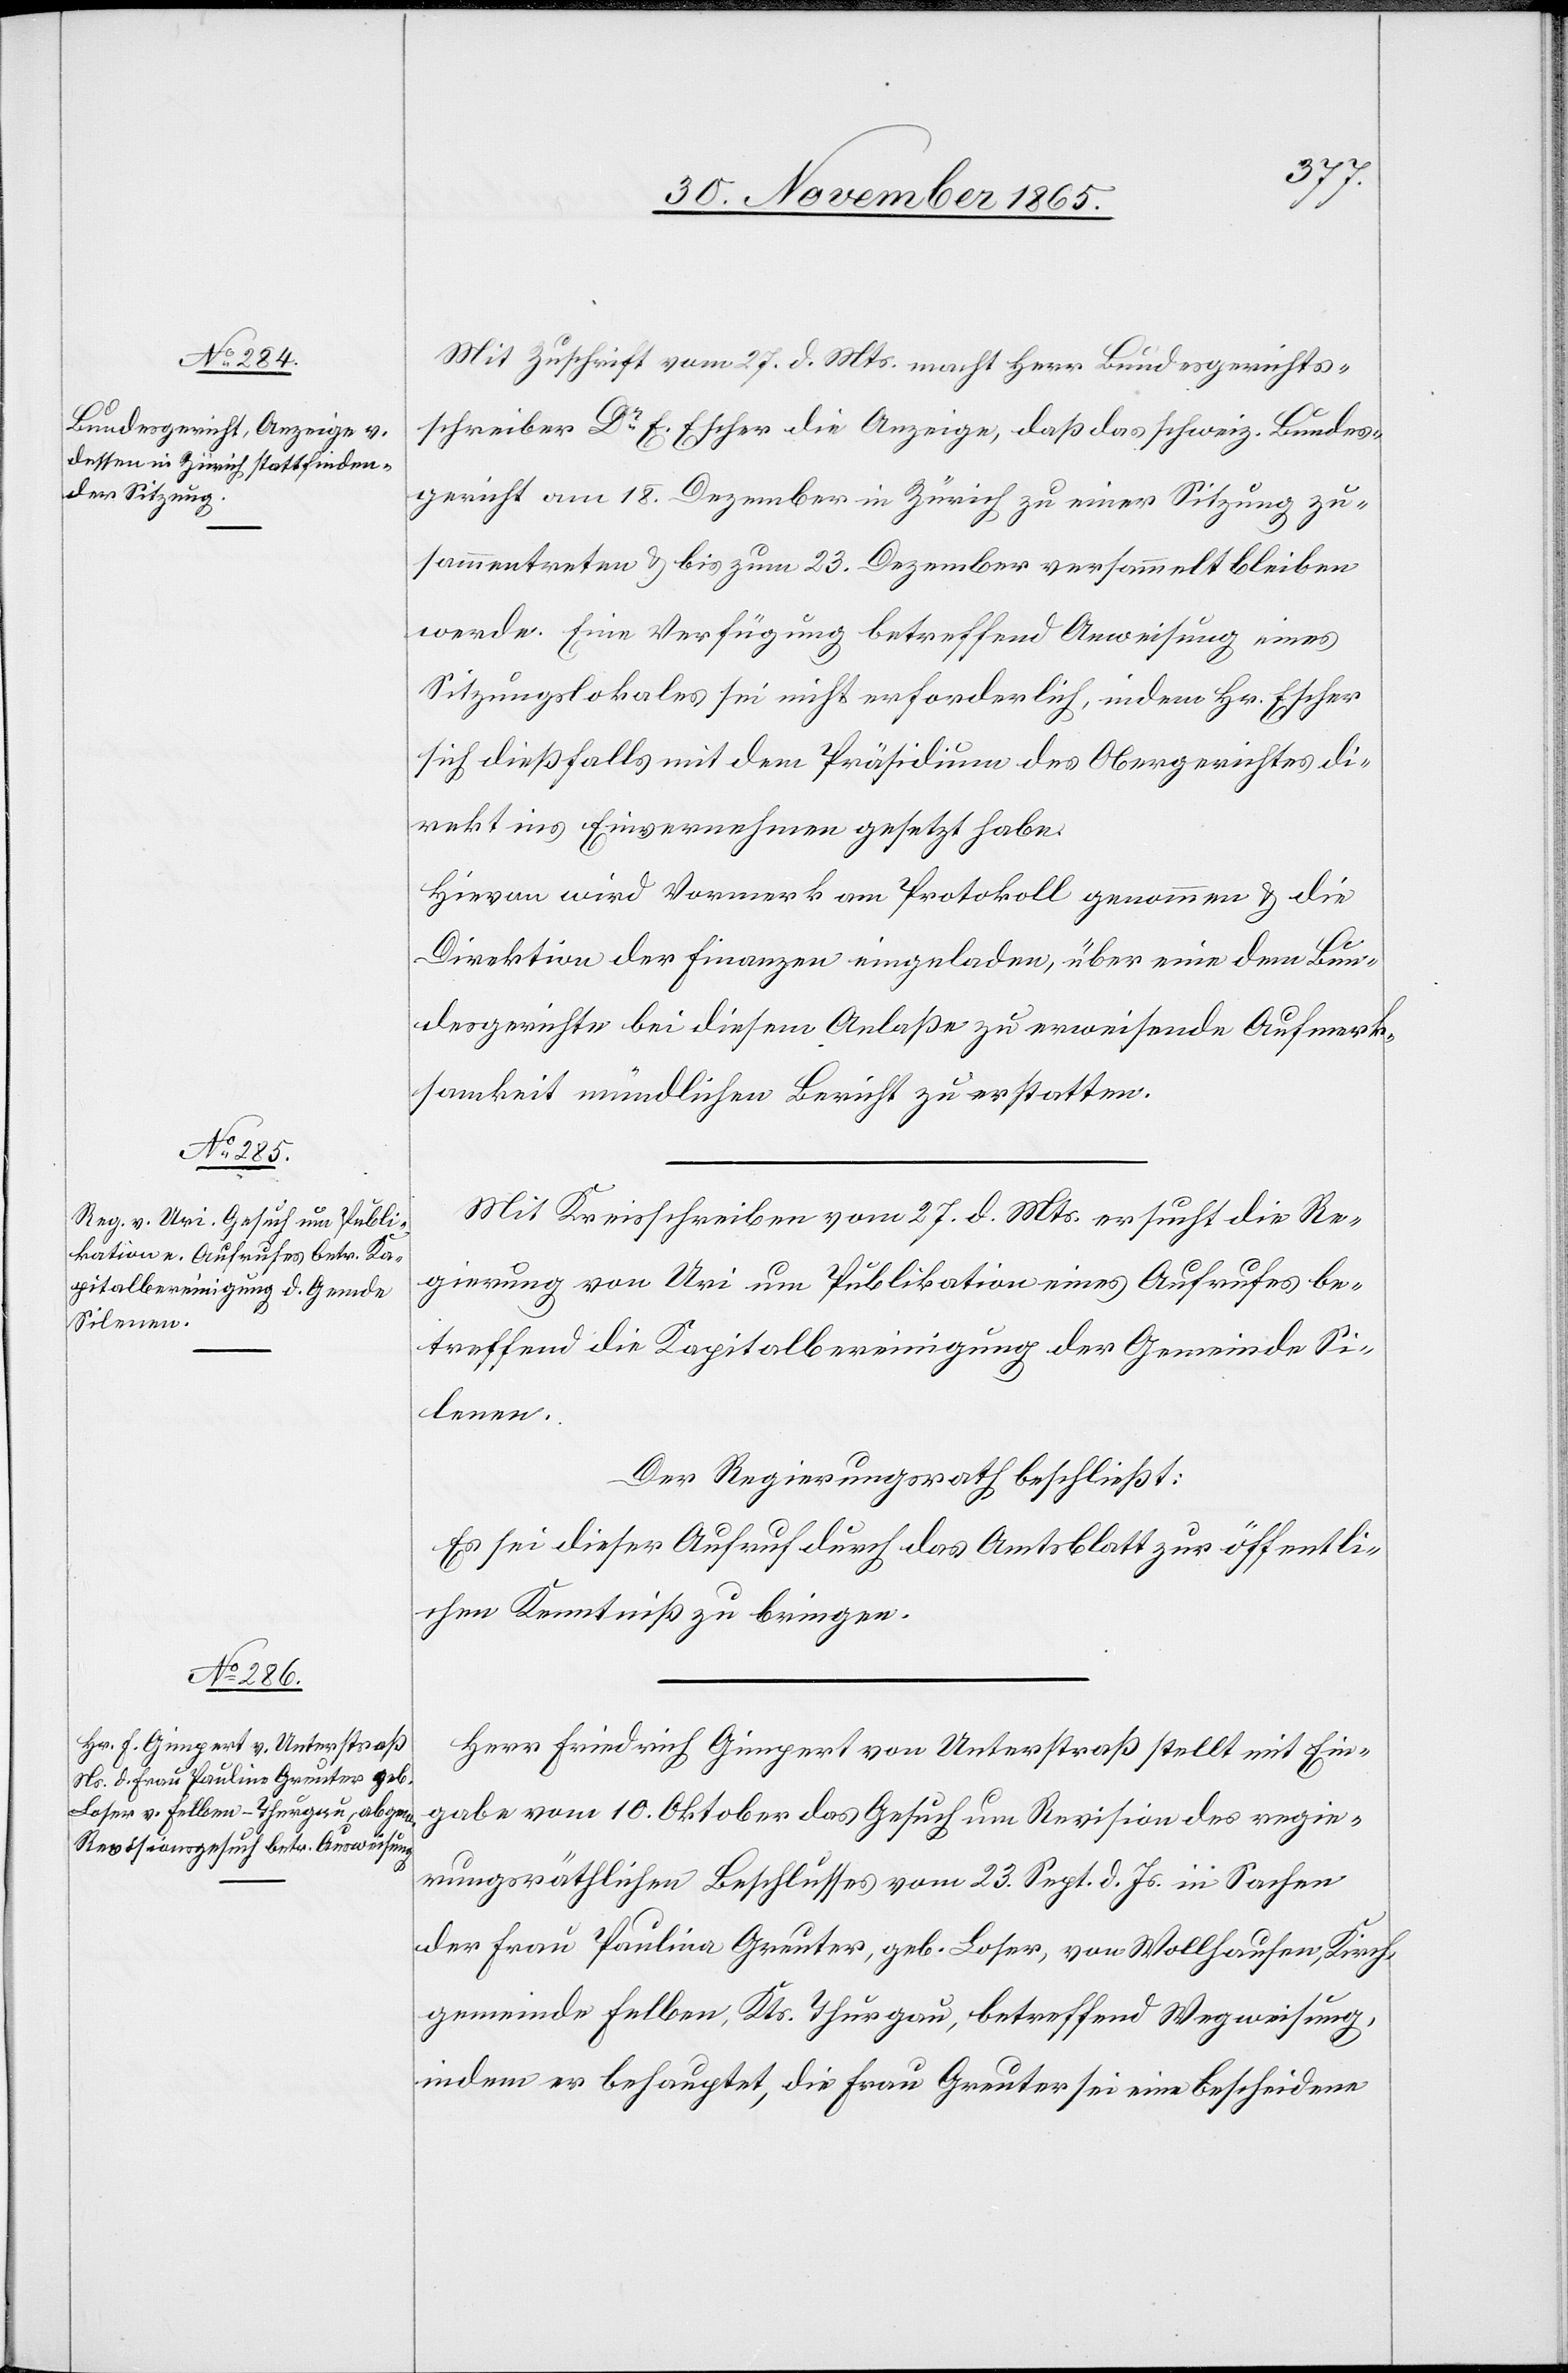
Mit Zuschrift vom 27. d. Mts. macht Herr Bundesgerichts¬
schreiber Dr E. Escher die Anzeige, daß das schweiz. Bundes¬
gericht am 18. Dezember in Zürich zu einer Sitzung zu¬
sammentreten & bis zum 23. Dezember versammelt bleiben
werde. Eine Verfügung betreffend Anweisung eines
Sitzungslokals sei nicht erforderlich, indem Hr. Escher
sich dießfalls mit dem Präsidium des Obergerichtes di¬
rekt ins Einvernehmen gesetzt habe.
Hievon wird Vormerk am Protokoll genommen & die
Direktion der Finanzen eingeladen, über eine dem Bun¬
desgerichte bei diesem Anlaße zu erweisende Aufmerk¬
samkeit mündlichen Bericht zu erstatten.
Mit Kreisschreiben vom 27. d. Mts. ersucht die Re¬
gierung von Uri um Publikation eines Aufrufes be¬
treffend die Kapitalbereinigung der Gemeinde Si¬
lenen.
Der Regierungsrath beschließt:
Es sei dieser Aufruf durch das Amtsblatt zur öffentli¬
chen Kenntniß zu bringen.
Herr Friedrich Gimpert von Unterstraß stellt mit Ein¬
gabe vom 10. Oktober das Gesuch um Revision des regie¬
rungsräthlichen Beschlusses vom 23. Sept. d. Js. in Sachen
der Frau Paulina [sic!] Greuter, geb. Loser, von Wollhausen, Kirch¬
gemeinde Felben, Kts. Thurgau, betreffend Wegweisung,
indem er behauptet, die Frau Greuter sei eine bescheidene